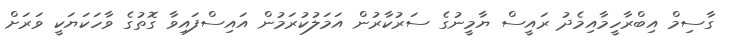
ގާސިމް އިބްރާހީމާއިމެދު ރައީސް ޔާމީނުގެ ސަރުކާރުން އަމަލުކުރަމުން އައިސްފައިވާ ގޮތުގެ ވާހަކަޔަކީ ވަރަށް